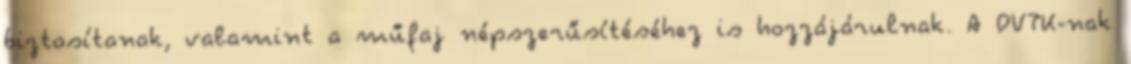
biztosítanak, valamint a műfaj népszerűsítéséhez is hozzájárulnak. A DVTK-nak